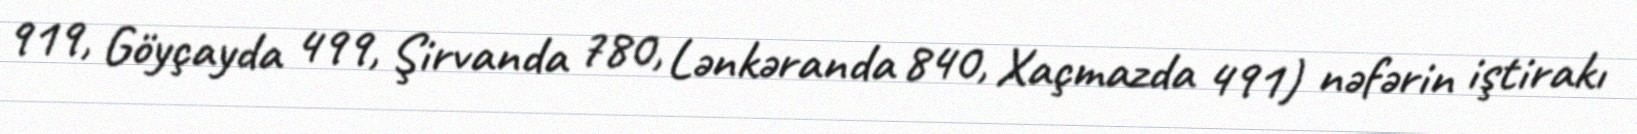
919, Göyçayda 499, Şirvanda 780, Lənkəranda 840, Xaçmazda 491) nəfərin iştirakı